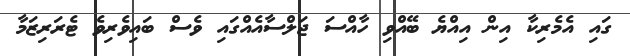
ގައި އެމެރިކާ އިން އިއްޔެ ބޭއްވި ހާއްސަ ޖަލްސާއެއްގައި ވެސް ބައިވެރިވެ ޓެރަރިޒަމާ